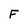
Character: F